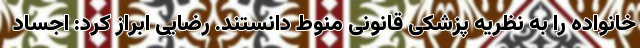
خانواده را به نظریه پزشکی قانونی منوط دانستند. رضایی ابراز کرد: اجساد